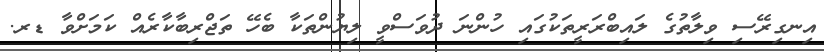
އިނގިރޭސި ވިލާތުގެ ލައިބްރަރީތަކުގައި ހުންނަ ދުވަސްވީ ލިޔުންތަކާ ބެހޭ ތަޖްރިބާކާރެއް ކަމަށްވާ ޑރ.